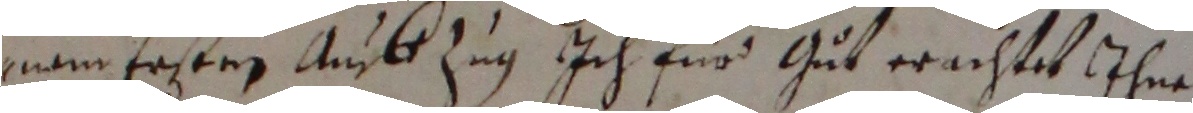
mnamn ersten au zug ich für gut erachtet ihne